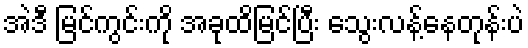
အဲဒီ မြင်ကွင်းကို အခုထိမြင်ပြီး သွေးလန့်နေတုန်းပဲ